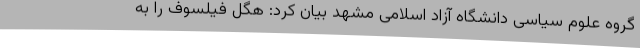
گروه علوم سیاسی دانشگاه آزاد اسلامی مشهد بیان کرد: هگل فیلسوف را به